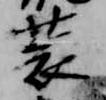
装